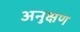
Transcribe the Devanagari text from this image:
अनुक्षण